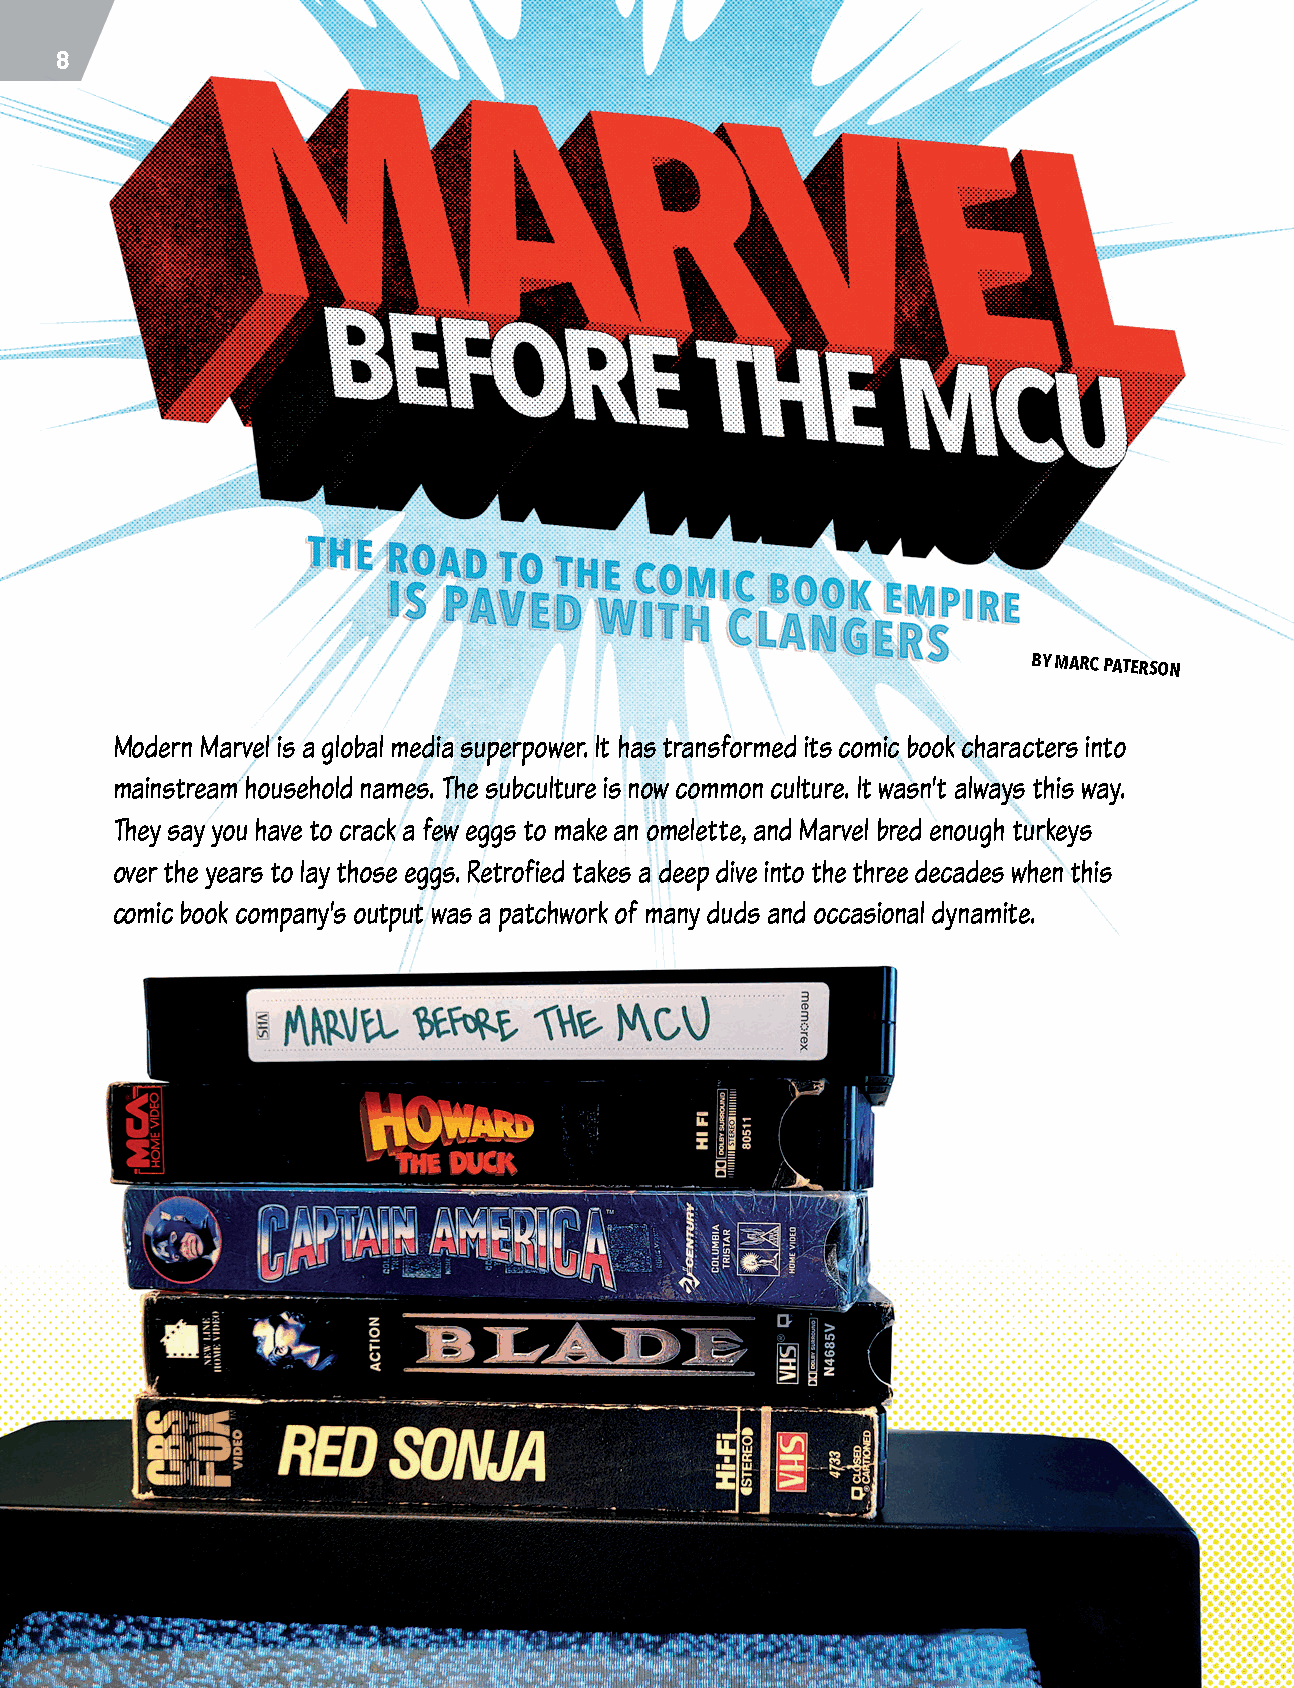
8
 BY MARC PATERSON
 Modern Marvel is a global media superpower. It has transformed its comic book characters into
 mainstream household names. The subculture is now common culture. It wasn’t always this way.
 They say you have to crack a few eggs to make an omelette, and Marvel bred enough turkeys
 over the years to lay those eggs. Retrofied takes a deep dive into the three decades when this
 comic book company’s output was a patchwork of many duds and occasional dynamite.